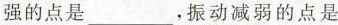
强的点是_________，振动减弱的点是